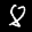
Label: 8